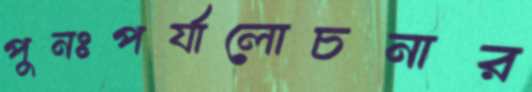
পুনঃপর্যালোচনার